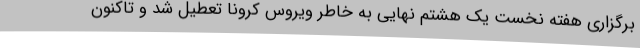
برگزاری هفته نخست یک هشتم نهایی به خاطر ویروس کرونا تعطیل شد و تاکنون